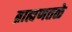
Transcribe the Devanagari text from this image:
ब्राह्मणतळे